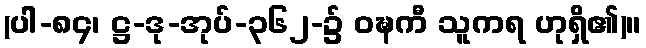
(ပါ-၈၄၊ ဋ္ဌ-ဒု-အုပ်-၃၆၂-၌ ဝဍ္ဎကီ သူကရ ဟုရှိ၏)။